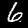
Digit: 6